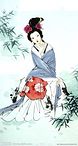
鸿羽难凭芳信短，长安犹近归期远。